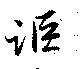
詎